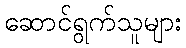
ဆောင်ရွက်သူများ